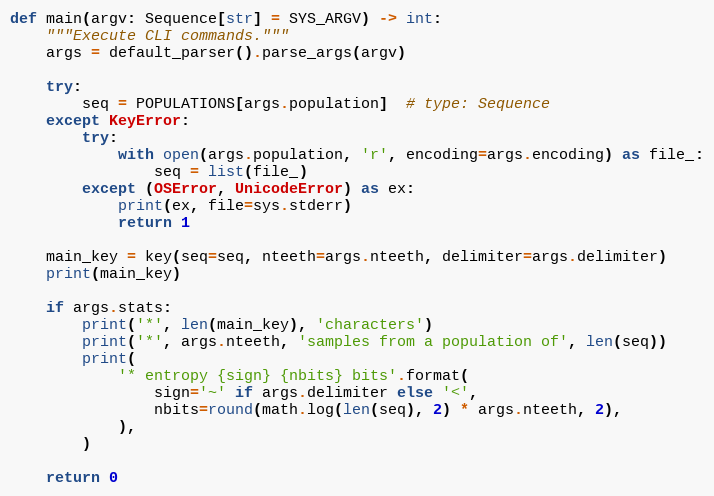
Language: Python
def main(argv: Sequence[str] = SYS_ARGV) -> int:
    """Execute CLI commands."""
    args = default_parser().parse_args(argv)

    try:
        seq = POPULATIONS[args.population]  # type: Sequence
    except KeyError:
        try:
            with open(args.population, 'r', encoding=args.encoding) as file_:
                seq = list(file_)
        except (OSError, UnicodeError) as ex:
            print(ex, file=sys.stderr)
            return 1

    main_key = key(seq=seq, nteeth=args.nteeth, delimiter=args.delimiter)
    print(main_key)

    if args.stats:
        print('*', len(main_key), 'characters')
        print('*', args.nteeth, 'samples from a population of', len(seq))
        print(
            '* entropy {sign} {nbits} bits'.format(
                sign='~' if args.delimiter else '<',
                nbits=round(math.log(len(seq), 2) * args.nteeth, 2),
            ),
        )

    return 0